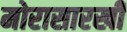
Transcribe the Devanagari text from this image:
मोरासारखी